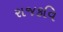
રાજકવિ